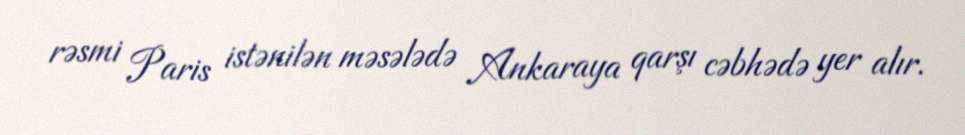
rəsmi Paris istənilən məsələdə Ankaraya qarşı cəbhədə yer alır.